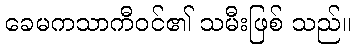
ခေမကသာကီဝင်၏ သမီးဖြစ် သည်။